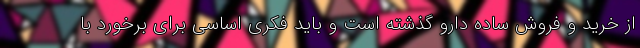
از خرید و فروش ساده دارو گذشته است و باید فکری اساسی برای برخورد با